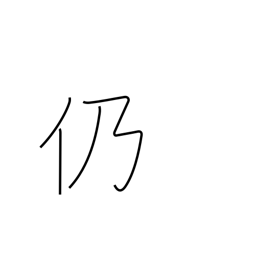
Meaning: consequently